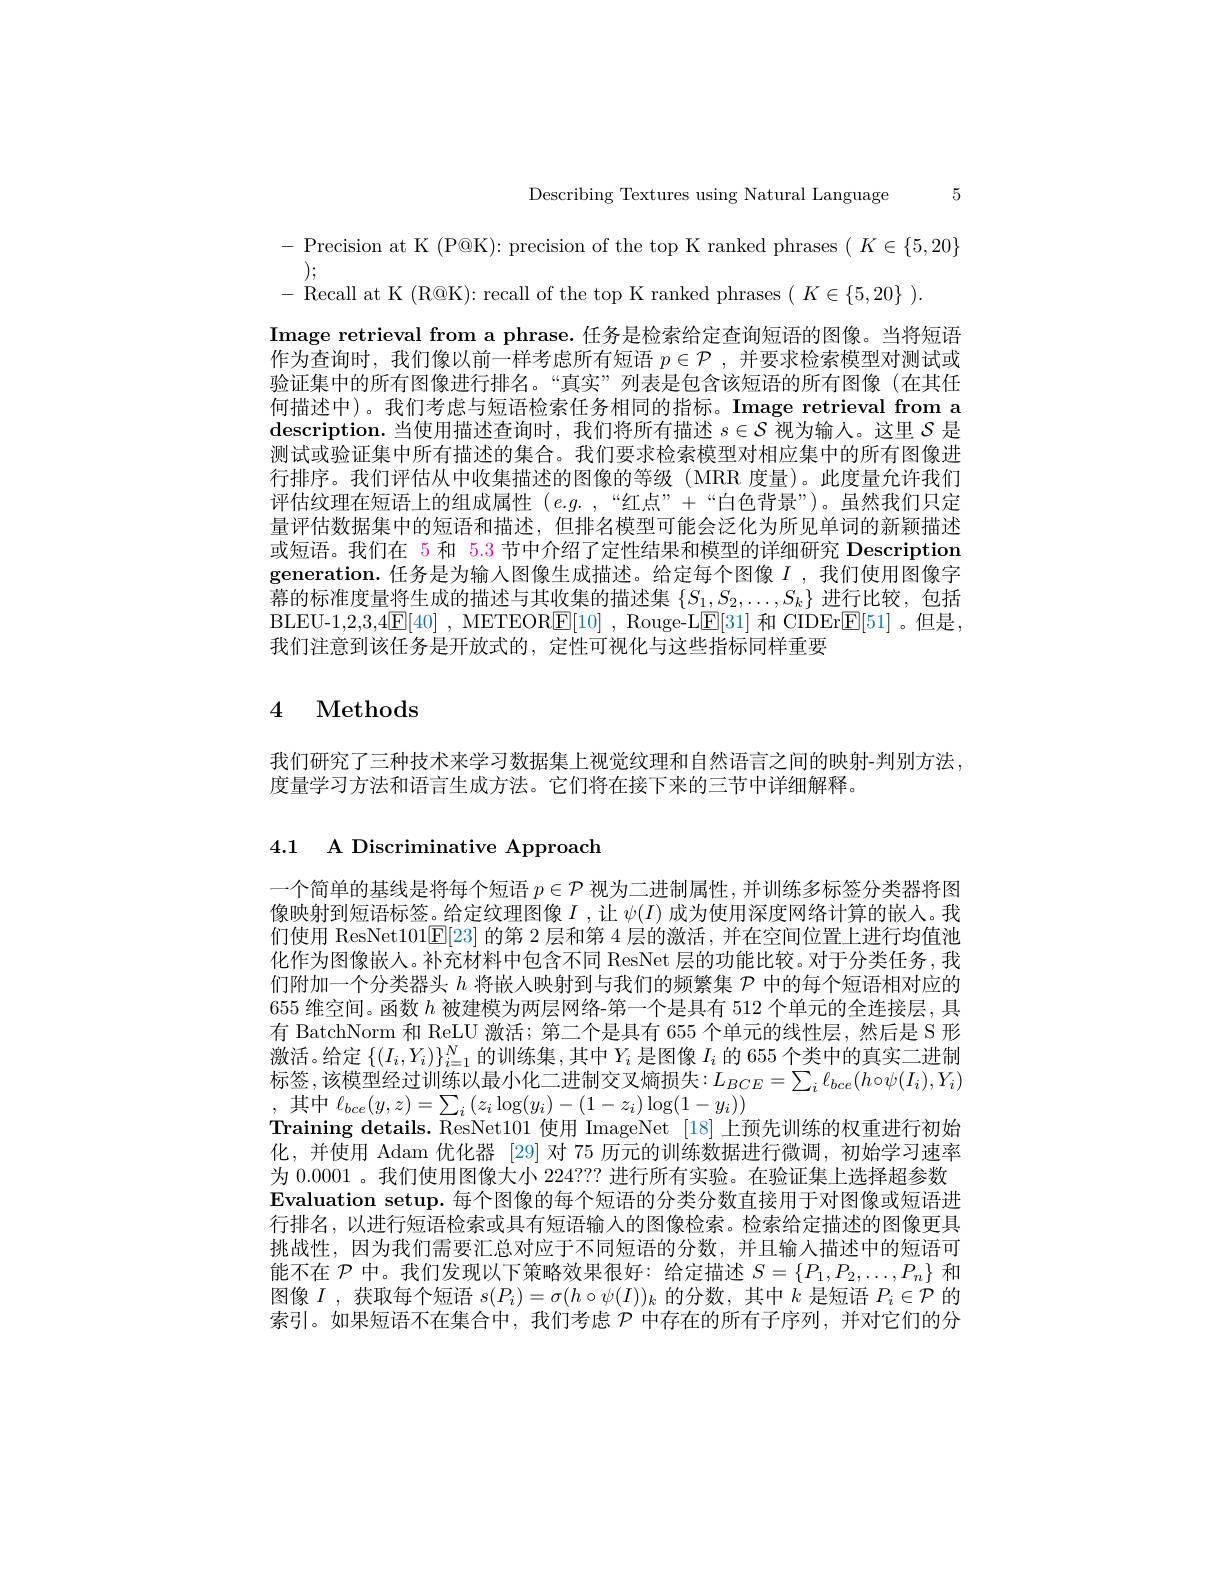
Describing Textures using Natural Language 5

-Precision at K (P@K): precision of the top K ranked phrases $(K\in\{5,20\}$
$\begin{array}{l}{);}\\{-\text{Recall at K (R@K): recall of the top K ranked phrases}(K\in\{5,20\}).}\end{array}$
Image retrieval from a phrase. 任务是检索给定查询短语的图像。当将短语作为查询时，我们像以前一样考虑所有短语$p\in\mathcal{P}$ ,并要求检索模型对测试或验证集中的所有图像进行排名。“真实”列表是包含该短语的所有图像(在其任何描述中)。我们考虑与短语检索任务相同的指标。Image retrieval from a $\textbf{description. 当 使 用 描 述 查 询 时 , 我 们 将 所 有 描 述 }s\in \mathcal{S}$视为输人。这里$\mathcal{S}$是测试或验证集中所有描述的集合。我们要求检索模型对相应集中的所有图像进行排序。我们评估从中收集描述的图像的等级(MRR 度量)。此度量允许我们评估纹理在短语上的组成属性$( e. g.$ , $“ 红 点 ” +$ $“ 白 色 背 景 ” )$。虽然我们只定量评估数据集中的短语和描述，但排名模型可能会泛化为所见单词的新颖描述或短语。我们在 5 和 5.3 节中介绍了定性结果和模型的详细研究 Description generation. 任务是为输人图像生成描述。给定每个图像$I$ ,我们使用图像字幕的标准度量将生成的描述与其收集的描述集$\{S_1,S_2,\ldots,S_k\}$进行比较，包括BLEU-1,2,3,4$\boxed{\mathrm{F} }[ 40]$ , METEORE[10] , Rouge- L$\underline {\mathrm{E} }[ 31]$ 和 CIDEr$\underline {\mathrm{E} }[ 51]$ $。但 是 $, R R TE$\underline {\mathrm{C} }\underline {\mathrm{T} }\underline {\mathrm{C} }\underline {\mathrm{T} }\underline {\mathrm{C} }\underline {\mathrm{T} }\underline {\mathrm{C} }\underline {\mathrm{T} }\underline {\mathrm{C} }\underline {\mathrm{T} }\underline {\mathrm{C} }\underline {\mathrm{T} }\underline {\mathrm{C} }\underline {\mathrm{T} }\underline {\mathrm{C} }\underline {\mathrm{T} }\underline {\mathrm{C} }\underline {\mathrm{TE}}\underline {\mathrm{C} }\underline {\mathrm{T} }\underline {\mathrm{C} }\underline {\mathrm{T} }\underline {\mathrm{C} }\underline {\mathrm{T} }\underline {\mathrm{C} }\underline {\mathrm{T} }$ 我们注意到该任务是开放式的，定性可视化与这些指标同样重要

## 4 Methods

我们研究了三种技术来学习数据集上视觉纹理和自然语言之间的映射-判别方法，
度量学习方法和语言生成方法。它们将在接下来的三节中详细解释。

4.1 A Discriminative Approach

一个简单的基线是将每个短语$p\in\mathcal{P}$视为二进制属性，并训练多标签分类器将图像映射到短语标签。给定纹理图像$I$ ,让$\psi(I)$成为使用深度网络计算的嵌人。我们使用 ResNet101E[23]的第 2 层和第 4 层的激活，并在空间位置上进行均值池化作为图像嵌人。补充材料中包含不同 ResNet 层的功能比较。对于分类任务，我们附加一个分类器头$h$将嵌人映射到与我们的频繁集$\mathcal{P}$中的每个短语相对应的655 维空间。函数$h$被建模为两层网络-第一个是具有 512 个单元的全连接层，具有 BatchNorm 和 ReLU 激活；第二个是具有 655 个单元的线性层，然后是 S 形激活。给定$\{(I_i,Y_i)\}_{i=1}^N$的训练集 ,其中$Y_i$是图像$I_i$的 655 个类中的真实二进制标签，该模型经过训练以最小化二进制交叉熵损失$:L_BCE=\sum_i\ell_{bce}(h\circ\psi(I_i),Y_i)$ ,其中$\ell_bce(y,z)=\sum_i\left(z_i\log(y_i)-(1-z_i)\log(1-y_i)\right)$
Training details. ResNet101 使用 ImageNet [18] 上预先训练的权重进行初始化，并使用 Adam 优化器 [29] 对 75 历元的训练数据进行微调，初始学习速率为 0.0001 。我们使用图像大小 224??? 进行所有实验。在验证集上选择超参数$\textbf{Evaluation setup. 每 个 图 像 的 每 个 短 语 的 分 类 分 数 直 接 用 于 对 图 像 或 短 语 进 }$ 行排名，以进行短语检索或具有短语输入的图像检索。检索给定描述的图像更具挑战性，因为我们需要汇总对应于不同短语的分数，并且输入描述中的短语可能不在$\mathcal{P}$中。我们发现以下策略效果很好：给定描述$S=\{P_1,P_2,\ldots,P_n\}$和图像$I$ ,获取每个短语$s(P_i)=\sigma(h\circ\psi(I))_k$的分数，其中$k$是短语$P_i\in\mathcal{P}$的索引。如果短语不在集合中，我们考虑$\mathcal{P}$中存在的所有子序列，并对它们的分